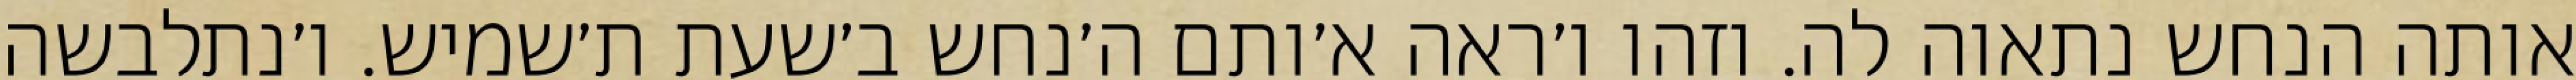
אותה הנחש נתאוה לה. וזהו ו׳ראה א׳ותם ה׳נחש ב׳שעת ת׳שמיש. ו׳נתלבשה